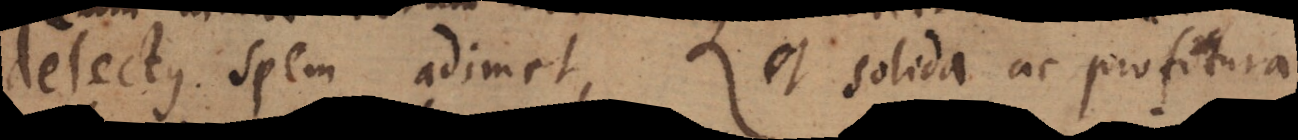
delectus spem adimet, et solida ac profutura